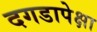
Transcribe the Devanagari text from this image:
दगडापेक्षा